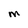
Character: M